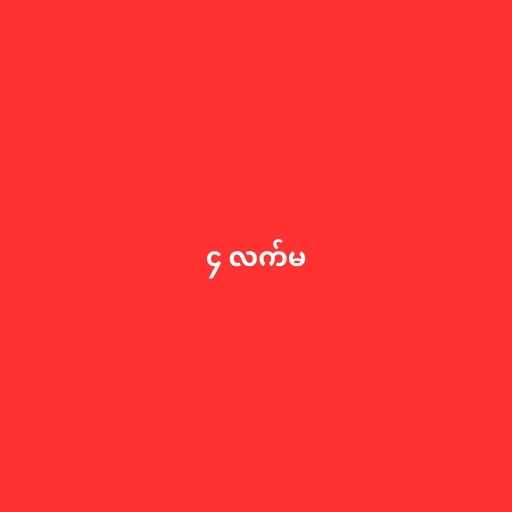
၄ လက်မ